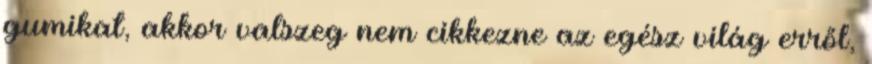
gumikat, akkor valszeg nem cikkezne az egész világ erről,